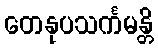
တေနုပသင်္ကမန္တိ